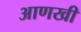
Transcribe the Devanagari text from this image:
अाणखी